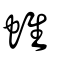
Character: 蜼